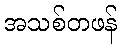
အသစ်တဖန်